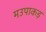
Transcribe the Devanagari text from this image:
मउपाकड़